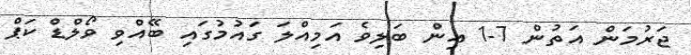
ޖަރުމަން އަތުން 7-1 އިން ބަލިވެ އަމިއްލަ ގައުމުގައި ބޭއްވި ވޯލްޑް ކަޕް